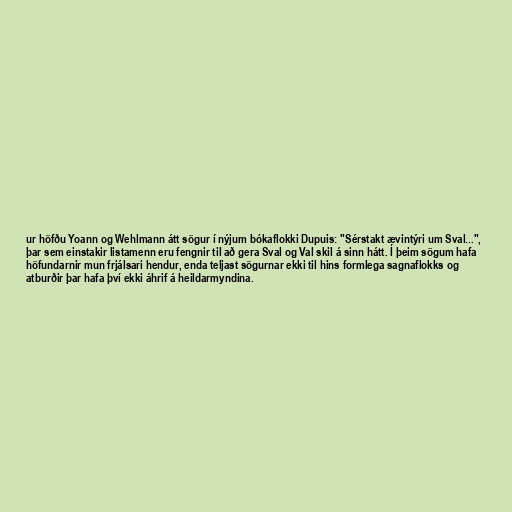
ur höfðu Yoann og Wehlmann átt sögur í nýjum bókaflokki Dupuis: "Sérstakt ævintýri um Sval...",
þar sem einstakir listamenn eru fengnir til að gera Sval og Val skil á sinn hátt. Í þeim sögum hafa
höfundarnir mun frjálsari hendur, enda teljast sögurnar ekki til hins formlega sagnaflokks og
atburðir þar hafa því ekki áhrif á heildarmyndina.